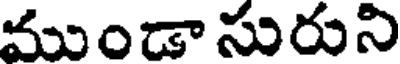
ముండా సురుని